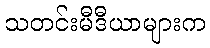
သတင်းမီဒီယာများက